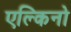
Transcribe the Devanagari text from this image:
एल्किनो